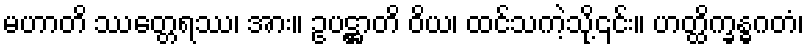
မဟာတိ ဿတ္တေရဿ၊ အား။ ဥပဋ္ဌာတိ ဝိယ၊ ထင်သကဲ့သို့၎င်း။ ဟတ္ထိက္ခန္ဓဂတံ၊